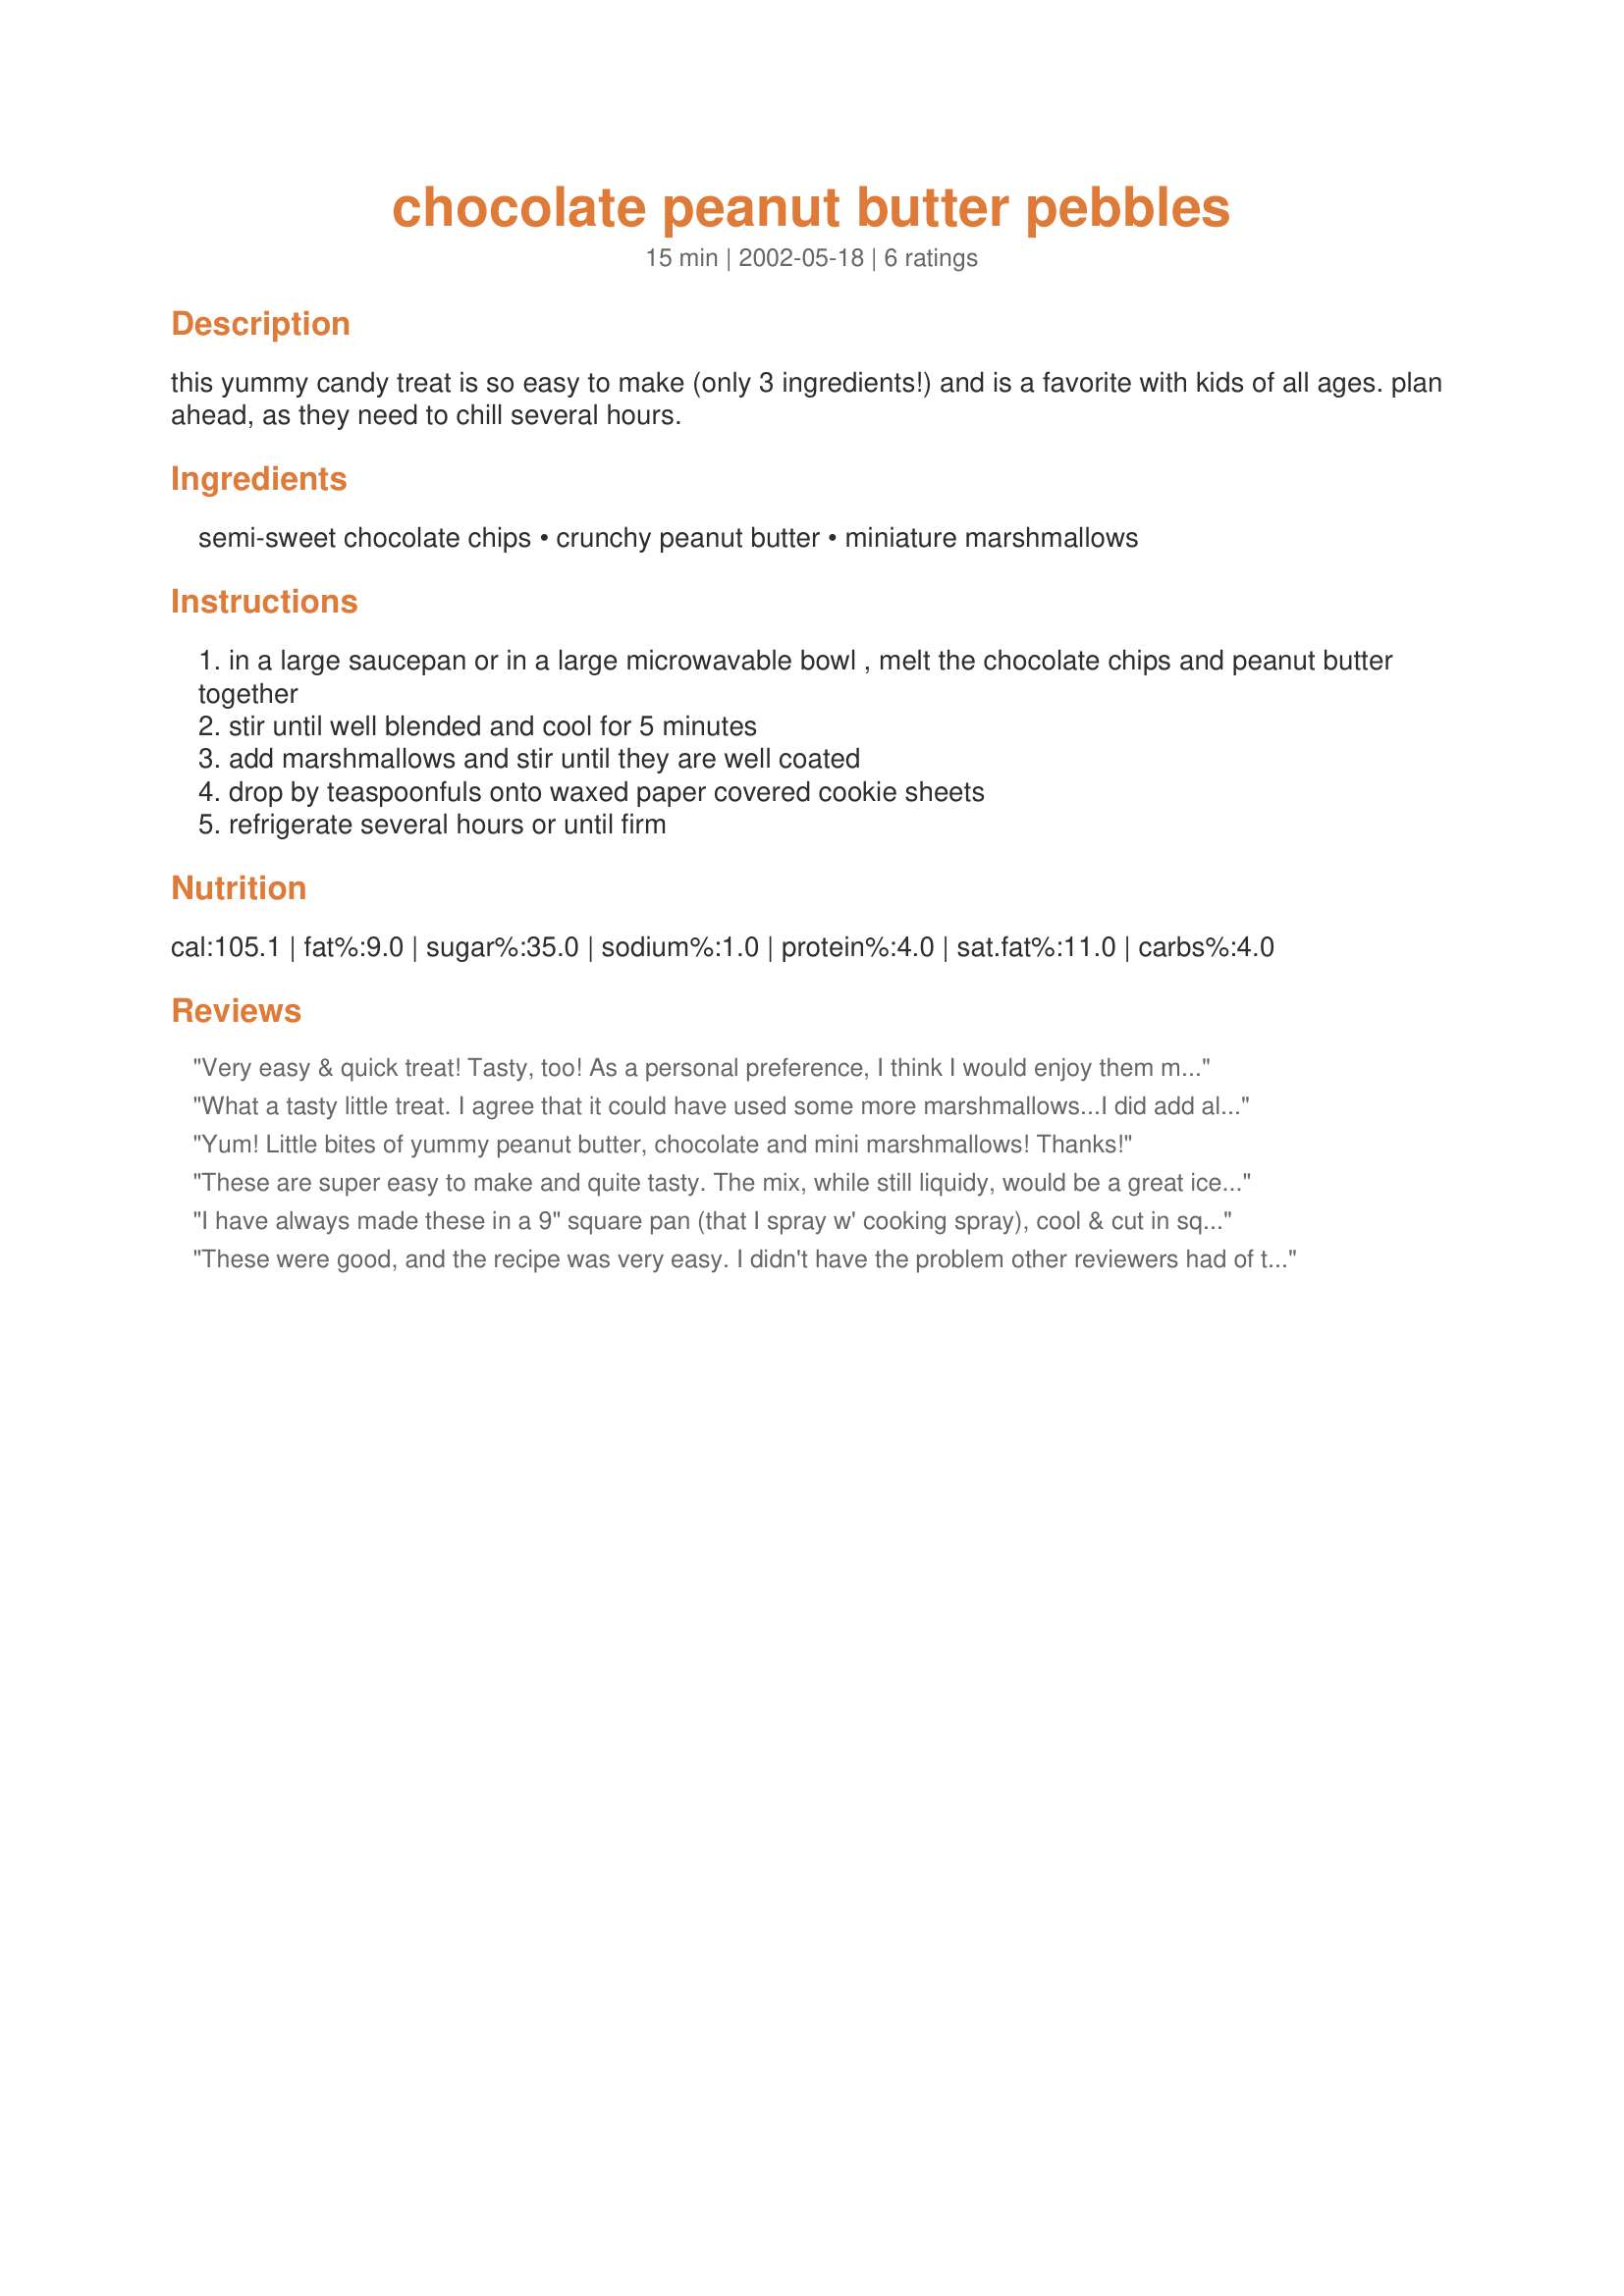
chocolate peanut butter pebbles
Preparation time: 15 minutes

this yummy candy treat is so easy to make (only 3 ingredients!) and is a favorite with kids of all ages. plan ahead, as they need to chill several hours.

Ingredients:
semi-sweet chocolate chips, crunchy peanut butter, miniature marshmallows

Steps:
in a large saucepan or in a large microwavable bowl , melt the chocolate chips and peanut butter together
stir until well blended and cool for 5 minutes
add marshmallows and stir until they are well coated
drop by teaspoonfuls onto waxed paper covered cookie sheets
refrigerate several hours or until firm

Reviews:
Very easy & quick treat! Tasty, too! As a personal preference, I think I would enjoy them more with milk chocolate instead of the semi-sweet.
What a tasty little treat. I agree that it could have used some more marshmallows...I did add almost a cup more than the recipe said. I used creamy peanut butter because it's what I had, but I think that the crunchy would be better for some more textural difference. The peanut butter/chocoloate mix, like always, was fantastic. Thanks for posting!
Yum! Little bites of yummy peanut butter, chocolate and mini marshmallows! Thanks!
These are super easy to make and quite tasty. The mix, while still liquidy, would be a great ice cream topping for a sundae bar! The only issue I had was that I did not think there were near enough marshmallows. I added about 1/2 cup extra (the rest of the small bag) but thought close to 2 more cups would have been needed to use up all the chocolate mix. Yummy and fun and the kids enjoyed too! Thanks.
I have always made these in a 9" square pan (that I spray w' cooking spray), cool & cut in squares. They are tasty little treats. Sometimes, I add either 1/2 cup raisins or nuts for a change.
These were good, and the recipe was very easy. I didn't have the problem other reviewers had of too few marshmallows BUT I added one cup of chopped walnuts to the recipe (in addition to using chunky PB). I really liked that added crunch, but the chocolate-PB combo here was just too rich for me. I wouldn't make them again (for myself), but if you like rich desserts, you might love these. I know I've seen or had similar things from sweets shops.
